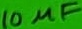
Text: 10µF